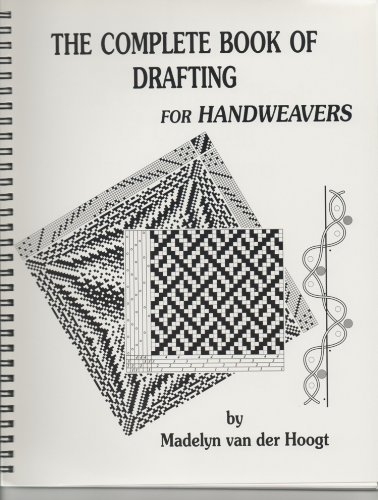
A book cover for The Complete Book of Drafting for Handweavers; Madelyn Van Der Hoogt; Crafts, Hobbies & Home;